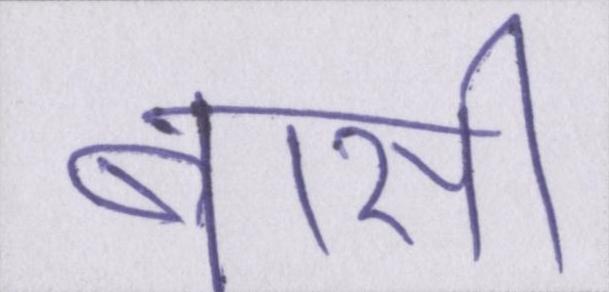
बासी